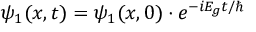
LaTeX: \psi _ { 1 } ( x , t ) = \psi _ { 1 } ( x , 0 ) \cdot e ^ { - i E _ { g } t / \hbar }